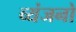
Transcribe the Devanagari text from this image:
व्‍यंजनो